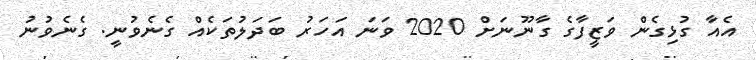
އެއާ ގުޅިގެން ވަޒީފާގެ ގާނޫނަށް 2020 ވަނަ އަހަރު ބަދަލުތަކެއް ގެނެވުނީ. ގެނެވުނު